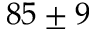
8 5 \pm 9